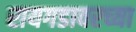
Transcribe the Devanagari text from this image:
रायगडावरच्या